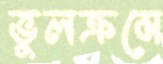
ভুলক্রমে